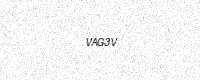
Text: VAG3V